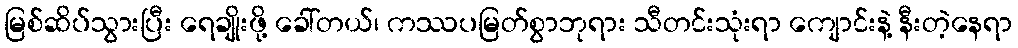
မြစ်ဆိပ်သွားပြီး ရေချိုးဖို့ ခေါ်တယ်၊ ကဿပမြတ်စွာဘုရား သီတင်းသုံးရာ ကျောင်းနဲ့ နီးတဲ့နေရာ